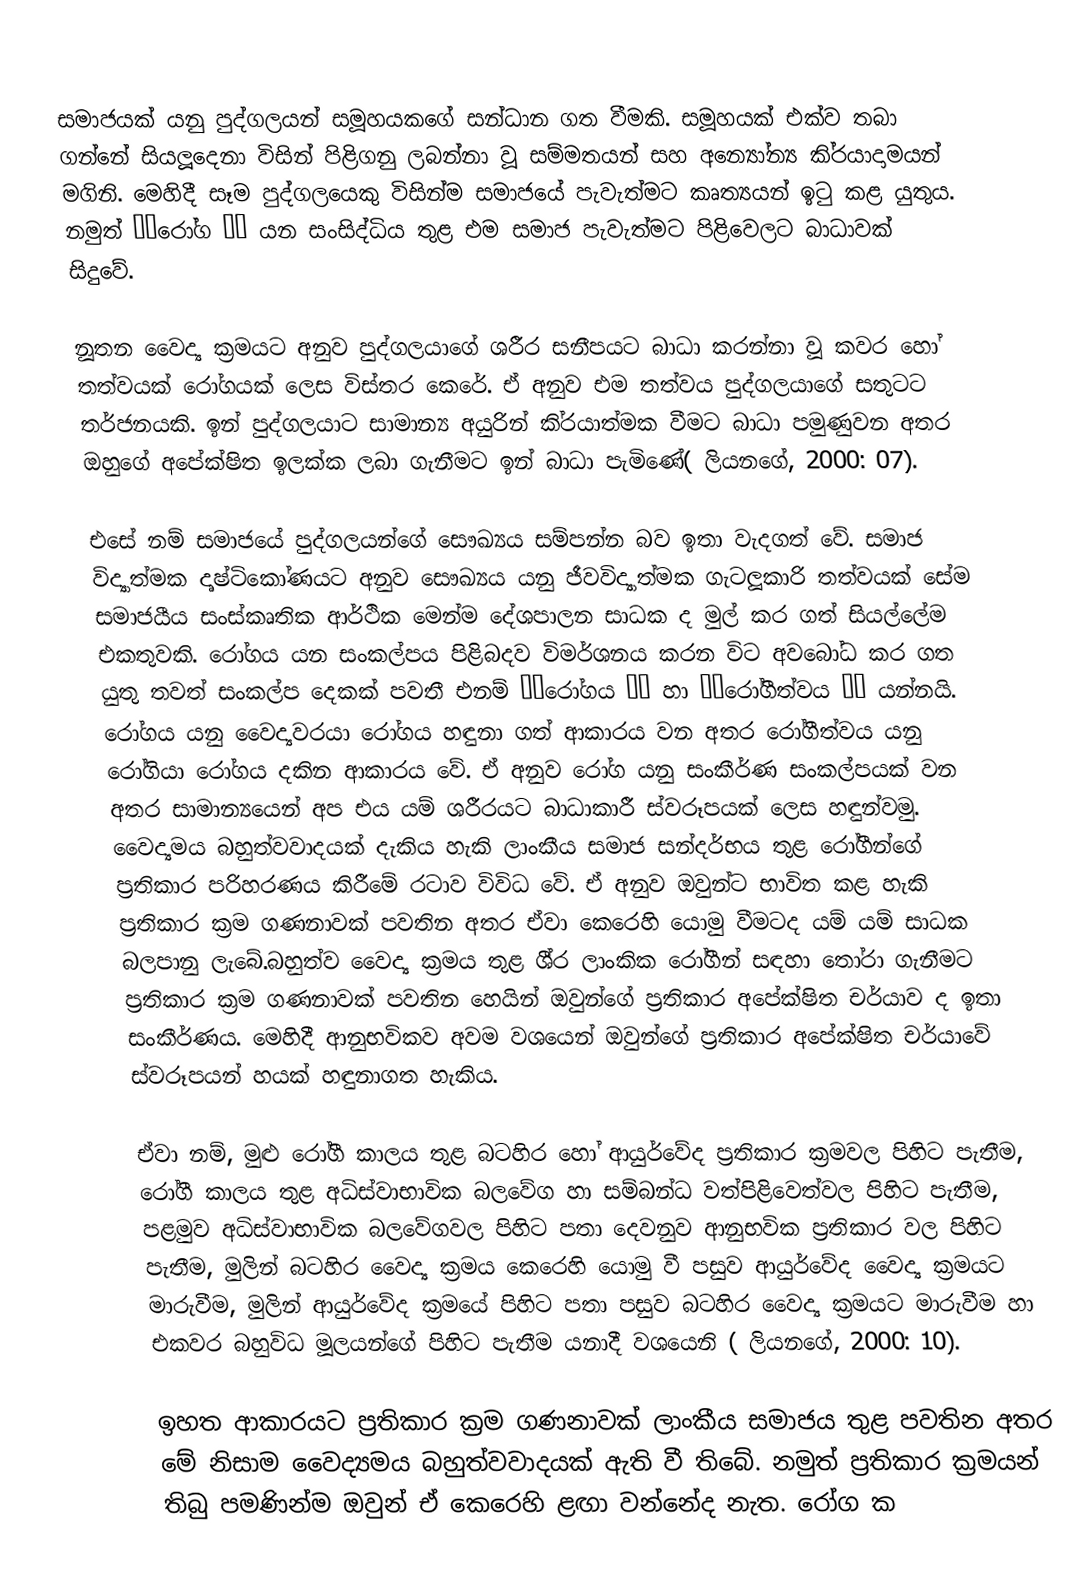
සමාජයක් යනු පුද්ගලයන් සමූහයකගේ සන්ධාන ගත වීමකි. සමූහයක් එක්ව තබා ගන්නේ සියලූදෙනා විසින් පිළිගනු ලබන්නා වූ සම්මතයන්  සහ අන්‍යෝන්‍ය කි‍්‍රයාදාමයන් මගිනි. මෙහිදී සෑම පුද්ගලයෙකු විසින්ම සමාජයේ පැවැත්මට කෘත්‍යයන් ඉටු කළ යුතුය. නමුත්  ‘‘රෝග ’’ යන සංසිද්ධිය තුළ එම සමාජ පැවැත්මට පිළිවෙලට බාධාවක් සිදුවේ.

නූතන වෛද්‍ය ක‍්‍රමයට අනුව පුද්ගලයාගේ ශරීර සනීපයට බාධා කරන්නා වූ කවර හෝ තත්වයක් රෝගයක් ලෙස විස්තර කෙරේ. ඒ අනුව එම තත්වය පුද්ගලයාගේ සතුටට තර්ජනයකි. ඉන් පුද්ගලයාට සාමාන්‍ය අයුරින් කි‍්‍රයාත්මක වීමට බාධා පමුණුවන අතර ඔහුගේ අපේක්ෂිත ඉලක්ක ලබා ගැනීමට ඉන් බාධා පැමිණේ( ලියනගේ, 2000: 07).

එසේ නම් සමාජයේ පුද්ගලයන්ගේ සෞඛ්‍යය සම්පන්න බව ඉතා වැදගත් වේ. සමාජ විද්‍යාත්මක දෘෂ්ටිකෝණයට අනුව  සෞඛ්‍යය යනු ජීවවිද්‍යාත්මක ගැටලූකාරි තත්වයක් සේම  සමාජයීය සංස්කෘතික ආර්ථික මෙන්ම දේශපාලන සාධක ද මුල් කර ගත් සියල්ලේම එකතුවකි. රෝගය යන සංකල්පය පිළිබදව විමර්ශනය කරන විට අවබෝධ කර ගත යුතු තවත් සංකල්ප දෙකක් පවතී  එනම්  ‘‘රෝගය ’’ හා ‘‘රෝගීත්වය ’’ යන්නයි.   රෝගය යනු වෛද්‍යවරයා රෝගය හඳුනා ගත් ආකාරය වන අතර රෝගීත්වය යනු රෝගියා රෝගය දකින ආකාරය වේ. ඒ අනුව රෝග යනු සංකීර්ණ සංකල්පයක් වන අතර සාමාන්‍යයෙන් අප එය යම් ශරීරයට බාධාකාරී ස්වරූපයක් ලෙස හඳුන්වමු. වෛද්‍යමය බහුත්වවාදයක් දැකිය හැකි ලාංකීය සමාජ සන්දර්භය තුළ රෝගීන්ගේ ප‍්‍රතිකාර පරිහරණය කිරීමේ රටාව විවිධ වේ. ඒ අනුව ඔවුන්ට භාවිත කළ හැකි ප‍්‍රතිකාර ක‍්‍රම ගණනාවක් පවතින අතර ඒවා කෙරෙහි යොමු වීමටද යම් යම් සාධක බලපානු ලැබේ.බහුත්ව වෛද්‍ය ක‍්‍රමය තුළ ශී‍්‍ර ලාංකික රෝගීන් සඳහා තෝරා ගැනීමට ප‍්‍රතිකාර ක‍්‍රම ගණනාවක් පවතින හෙයින් ඔවුන්ගේ ප‍්‍රතිකාර අපේක්ෂිත චර්යාව ද ඉතා සංකීර්ණය. මෙහිදී ආනුභවිකව අවම වශයෙන් ඔවුන්ගේ ප‍්‍රතිකාර අපේක්ෂිත චර්යාවේ ස්වරූපයන් හයක් හඳුනාගත හැකිය.

ඒවා නම්, මුළු රෝගී කාලය තුළ බටහිර හෝ ආයුර්වේද ප‍්‍රතිකාර ක‍්‍රමවල පිහිට පැතීම, රෝගී කාලය තුළ අධිස්වාභාවික බලවේග හා සම්බන්ධ වත්පිළිවෙත්වල පිහිට පැතීම, පළමුව අධිස්වාභාවික බලවේගවල  පිහිට පතා දෙවනුව ආනුභවික  ප‍්‍රතිකාර වල පිහිට පැතීම, මුලින් බටහිර වෛද්‍ය ක‍්‍රමය කෙරෙහි යොමු වී පසුව ආයුර්වේද වෛද්‍ය ක‍්‍රමයට මාරුවීම,  මුලින් ආයුර්වේද ක‍්‍රමයේ පිහිට පතා පසුව බටහිර වෛද්‍ය ක‍්‍රමයට මාරුවීම හා එකවර බහුවිධ මූලයන්ගේ පිහිට පැතීම යනාදී වශයෙනි ( ලියනගේ, 2000: 10).

ඉහත ආකාරයට ප‍්‍රතිකාර ක‍්‍රම ගණනාවක් ලාංකීය සමාජය තුළ පවතින අතර මේ නිසාම වෛද්‍යමය බහුත්වවාදයක් ඇති  වී තිබේ. නමුත් ප‍්‍රතිකාර ක‍්‍රමයන් තිබු පමණින්ම ඔවුන් ඒ කෙරෙහි ළඟා වන්නේද නැත. රෝග ක